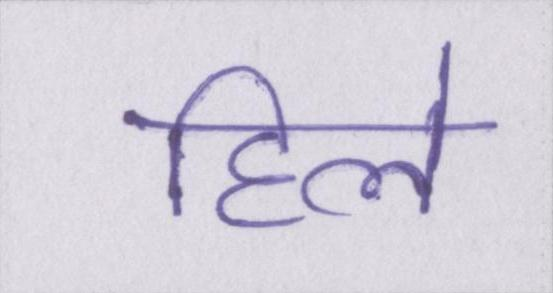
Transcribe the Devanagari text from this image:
हिले